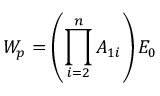
W _ { p } = \left( \prod _ { i = 2 } ^ { n } A _ { 1 i } \right) E _ { 0 }